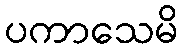
ပကာသေမိ